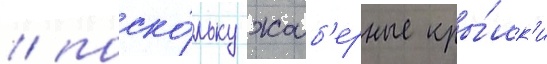
/ поско́льку жаб'ерные кры́шк'и